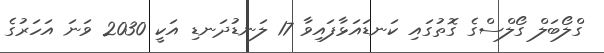
ގްލޯބަލް ގޯލްސްގެ ގޮތުގައި ކަނޑައަޅާފައިވާ 17 ލަނޑުދަނޑި އަކީ 2030 ވަަނަ އަހަރުގެ